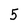
Character: 5